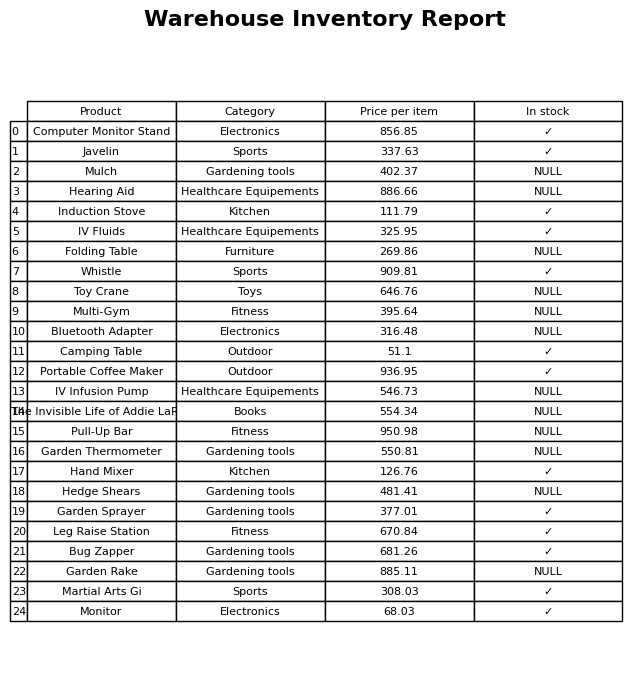
question: What is the price for Pull-Up Bar?
answer: The price of Pull-Up Bar is 950.98.